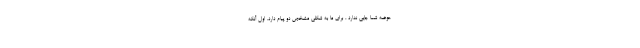
حوضه شما جایی ندارد ، برای ما به شکلی مشخص دو پیام دارد. اول آنکه